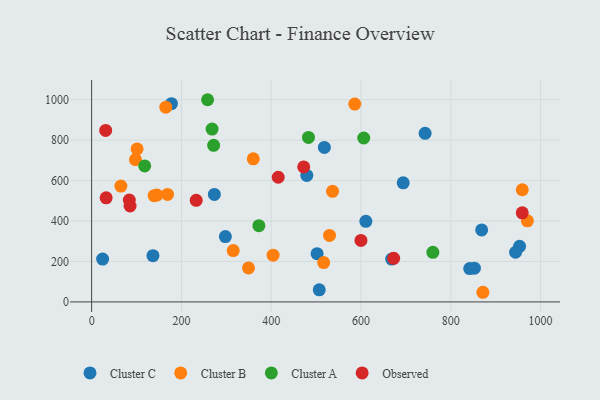
{"axis": {"x": "Experience", "y": "Salary"}, "legend": ["Cluster A", "Cluster B", "Cluster C", "Observed"], "data": [{"x": "24.5", "y": 211.7, "type": "Cluster C"}, {"x": "953.2", "y": 274.8, "type": "Cluster C"}, {"x": "136.6", "y": 228.8, "type": "Cluster C"}, {"x": "177.8", "y": 980.3, "type": "Cluster C"}, {"x": "852.6", "y": 167.0, "type": "Cluster C"}, {"x": "610.8", "y": 398.7, "type": "Cluster C"}, {"x": "297.9", "y": 323.2, "type": "Cluster C"}, {"x": "868.8", "y": 356.2, "type": "Cluster C"}, {"x": "273.4", "y": 531.8, "type": "Cluster C"}, {"x": "502.2", "y": 238.7, "type": "Cluster C"}, {"x": "842.2", "y": 164.9, "type": "Cluster C"}, {"x": "944.3", "y": 245.7, "type": "Cluster C"}, {"x": "479.3", "y": 625.4, "type": "Cluster C"}, {"x": "518.4", "y": 764.1, "type": "Cluster C"}, {"x": "668.3", "y": 212.1, "type": "Cluster C"}, {"x": "694.0", "y": 589.1, "type": "Cluster C"}, {"x": "742.8", "y": 833.8, "type": "Cluster C"}, {"x": "507.0", "y": 59.6, "type": "Cluster C"}, {"x": "65.2", "y": 572.9, "type": "Cluster B"}, {"x": "536.6", "y": 547.1, "type": "Cluster B"}, {"x": "970.6", "y": 400.9, "type": "Cluster B"}, {"x": "516.9", "y": 194.6, "type": "Cluster B"}, {"x": "871.5", "y": 47.7, "type": "Cluster B"}, {"x": "97.7", "y": 704.0, "type": "Cluster B"}, {"x": "404.2", "y": 231.0, "type": "Cluster B"}, {"x": "586.1", "y": 978.4, "type": "Cluster B"}, {"x": "145.4", "y": 528.3, "type": "Cluster B"}, {"x": "360.1", "y": 707.5, "type": "Cluster B"}, {"x": "139.2", "y": 525.3, "type": "Cluster B"}, {"x": "165.2", "y": 963.0, "type": "Cluster B"}, {"x": "169.1", "y": 531.8, "type": "Cluster B"}, {"x": "315.4", "y": 254.1, "type": "Cluster B"}, {"x": "959.2", "y": 554.8, "type": "Cluster B"}, {"x": "101.3", "y": 756.9, "type": "Cluster B"}, {"x": "529.9", "y": 329.0, "type": "Cluster B"}, {"x": "349.4", "y": 168.1, "type": "Cluster B"}, {"x": "268.3", "y": 854.8, "type": "Cluster A"}, {"x": "760.1", "y": 245.1, "type": "Cluster A"}, {"x": "118.2", "y": 672.7, "type": "Cluster A"}, {"x": "372.5", "y": 377.1, "type": "Cluster A"}, {"x": "258.3", "y": 1000.0, "type": "Cluster A"}, {"x": "271.8", "y": 774.5, "type": "Cluster A"}, {"x": "483.0", "y": 813.4, "type": "Cluster A"}, {"x": "606.1", "y": 810.7, "type": "Cluster A"}, {"x": "85.6", "y": 474.3, "type": "Observed"}, {"x": "32.3", "y": 514.7, "type": "Observed"}, {"x": "31.3", "y": 848.0, "type": "Observed"}, {"x": "599.9", "y": 303.9, "type": "Observed"}, {"x": "415.6", "y": 616.6, "type": "Observed"}, {"x": "83.9", "y": 504.0, "type": "Observed"}, {"x": "232.9", "y": 502.3, "type": "Observed"}, {"x": "672.8", "y": 215.4, "type": "Observed"}, {"x": "472.4", "y": 667.7, "type": "Observed"}, {"x": "959.2", "y": 440.6, "type": "Observed"}]}